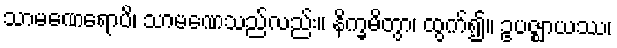
သာမဏေရောပိ၊ သာမဏေသည်လည်း။ နိက္ခမိတွာ၊ ထွက်၍။ ဥပဇ္ဈာယဿ၊